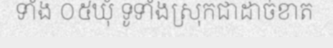
ទាំង ០៥ឃុំ ទូទាំងស្រុកជាដាច់ខាត